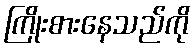
ကြိုးစားနေသည်ကို